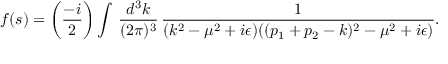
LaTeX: f ( s ) = \biggl ( { \frac { - i } { 2 } } \biggr ) \int \, { \frac { d ^ { 3 } k } { ( 2 \pi ) ^ { 3 } } } \, { \frac { 1 } { ( k ^ { 2 } - \mu ^ { 2 } + i \epsilon ) ( ( p _ { 1 } + p _ { 2 } - k ) ^ { 2 } - \mu ^ { 2 } + i \epsilon ) } } .